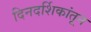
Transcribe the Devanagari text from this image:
दिनदर्शिकांतून